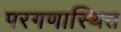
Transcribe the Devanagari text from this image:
परगणास्थित